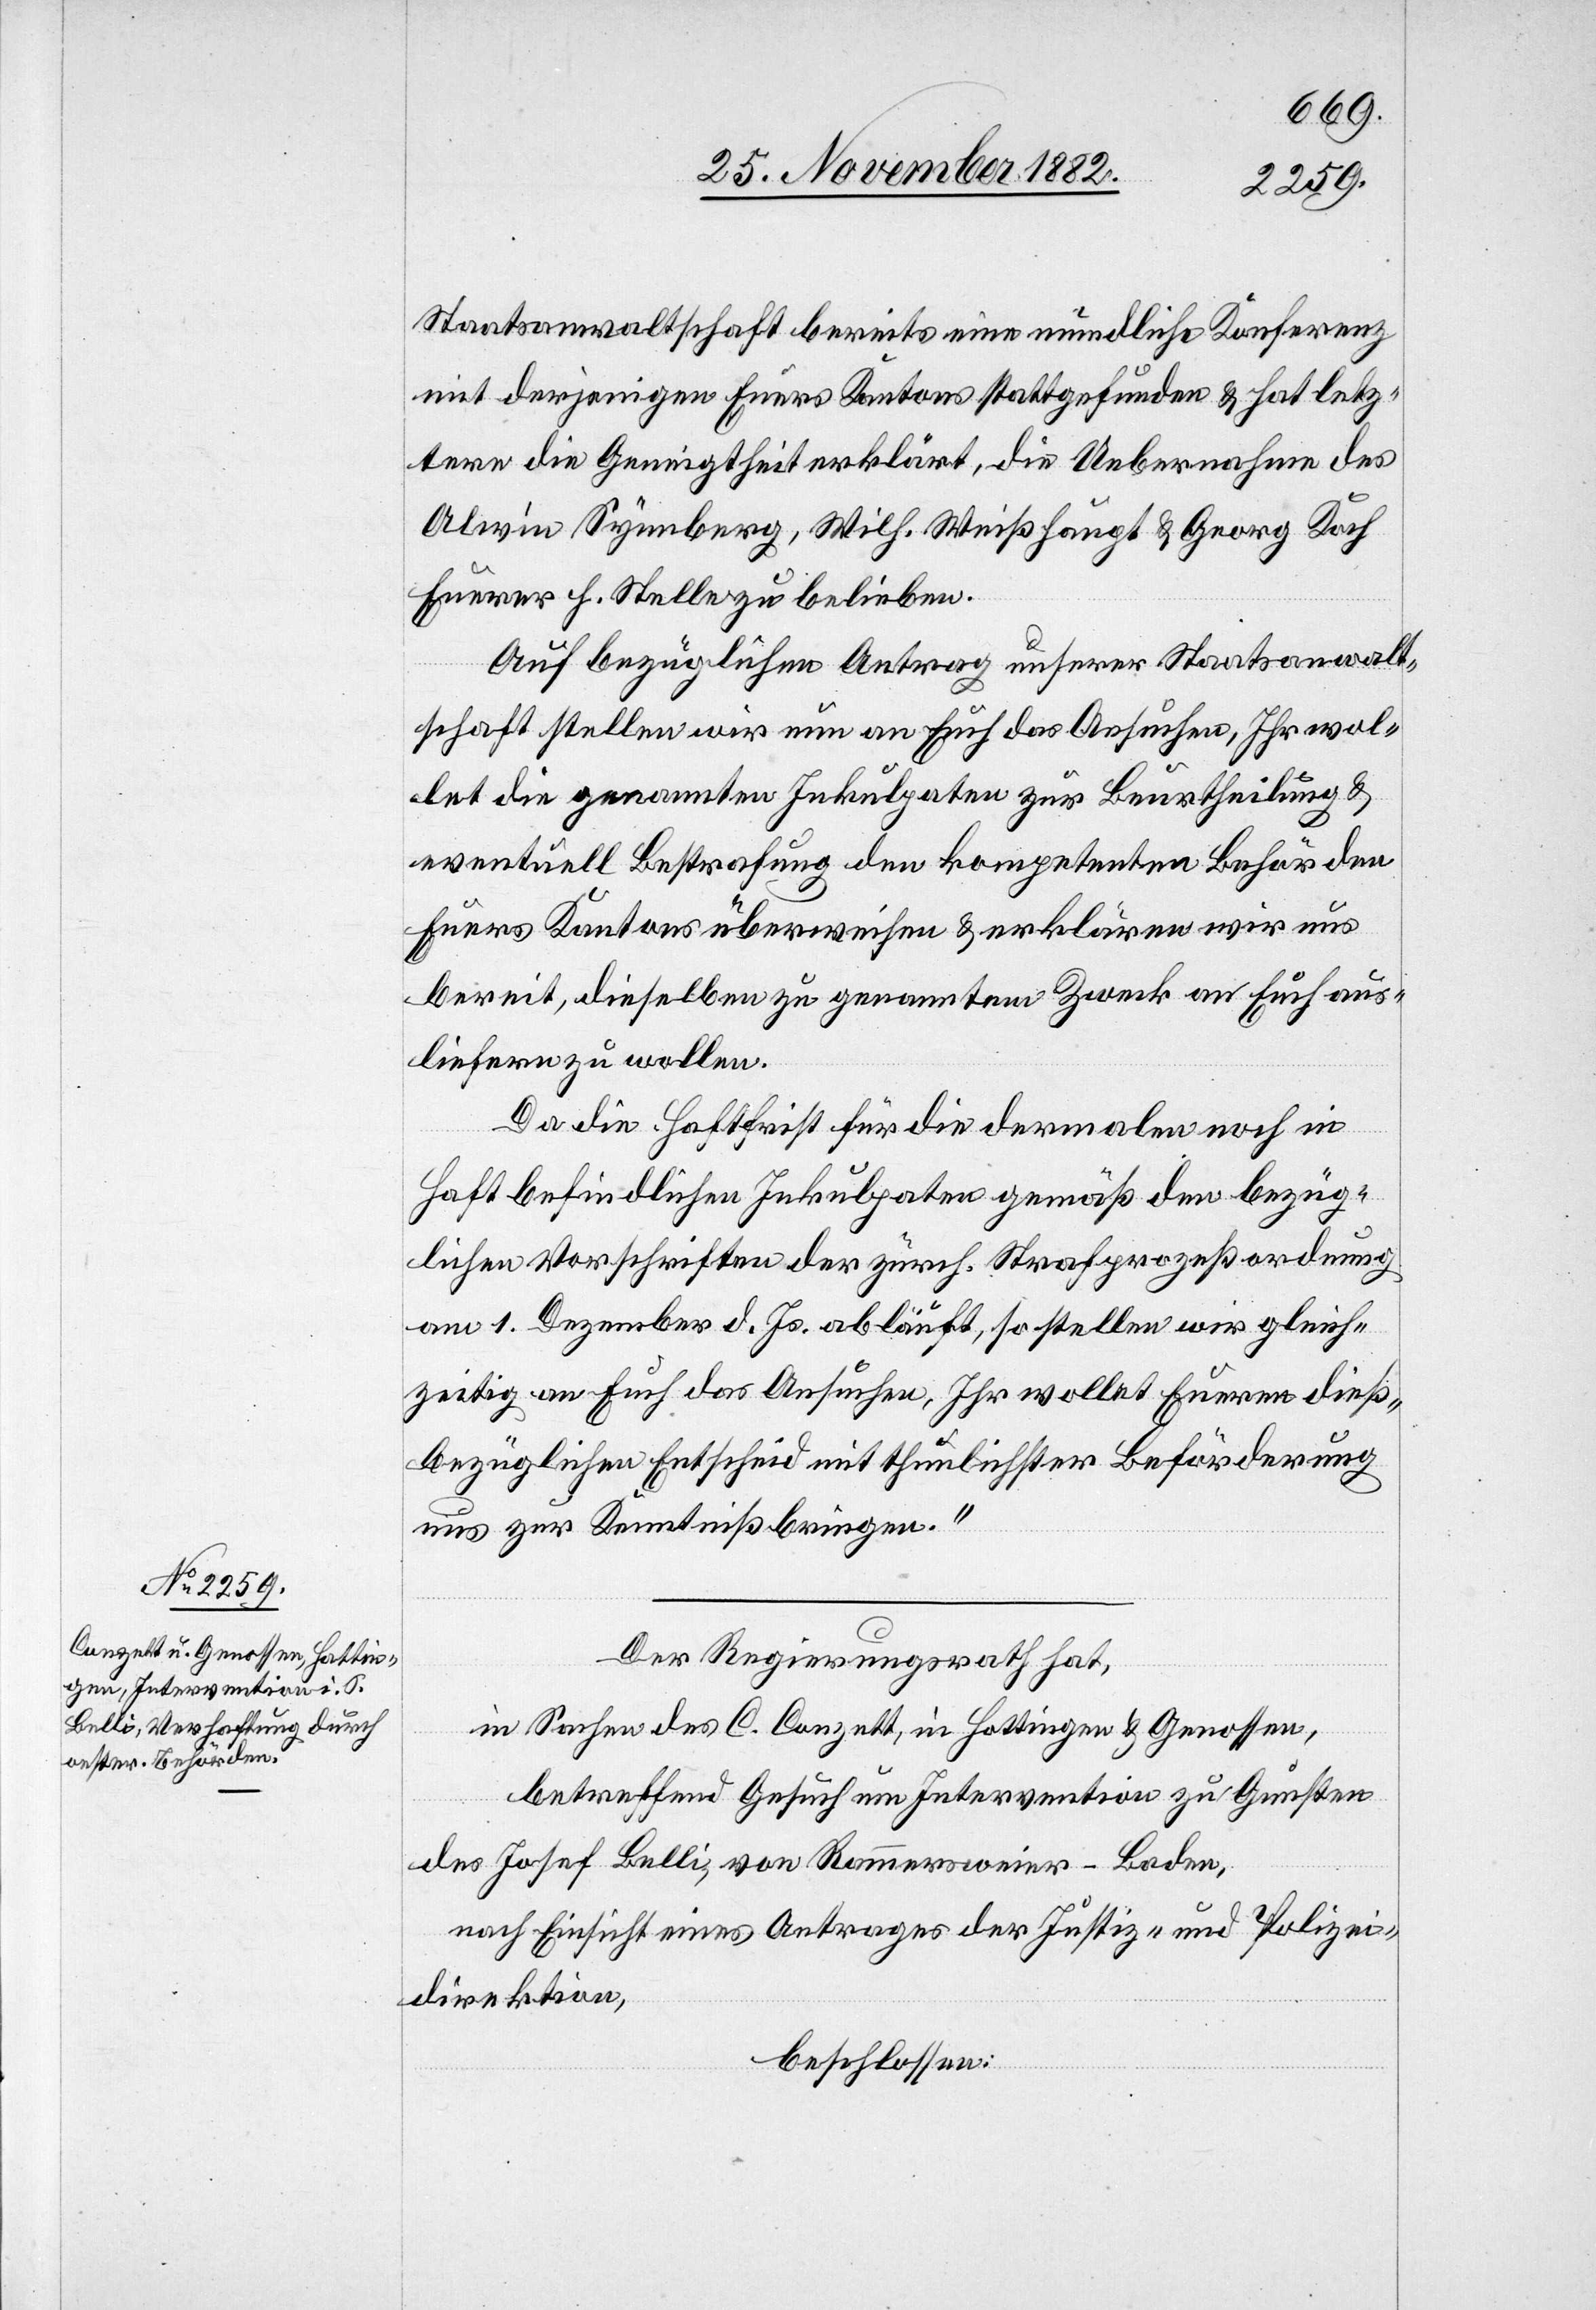
Staatsanwaltschaft bereits eine mündliche Konferenz
mit derjenigen Euers Kantons stattgefunden & hat letz¬
tere die Geneigtheit erklärt, die Uebernahme des
Alwin Synnberg, Wilh. Weißhaupt & Georg Koch
Euerer h. Stelle zu belieben.
Auf bezüglichen Antrag unserer Staatsanwalt¬
schaft stellen wir nun an Euch das Ansuchen, Ihr wol¬
let die genannten Inkulpaten zur Beurtheilung &
eventuell Bestrafung den kompetenten Behörden
Euers Kantons überweisen & erklären wir uns
bereit, dieselben zu genanntem Zweck an Euch aus¬
liefern zu wollen.
Da die Haftfrist für die dermalen noch in
Haft befindlichen Inkulpaten gemäß den bezüg¬
lichen Vorschriften der zürch. Strafprozeßordnung
am 1. Dezember d. Js. abläuft, so stellen wir gleich¬
zeitig an Euch das Ansuchen, Ihr wollet Eueren dieß¬
bezüglichen Entscheid mit thunlichster Beförderung
uns zur Kenntniß bringen.“
Der Regierungsrath hat,
in Sachen des C. Conzett, in Hottingen & Genossen,
betreffend Gesuch um Intervention zu Gunsten
des Josef Belli, von Rammersweier - Baden,
nach Einsicht eines Antrages der Justiz- und Polizei¬
direktion,
beschlossen: